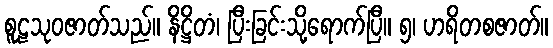
စူဠသုဝဇာတ်သည်။ နိဋ္ဌိတံ၊ ပြီးခြင်းသို့ရောက်ပြီ။ ၅၊ ဟရိတစဇာတ်။